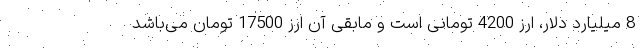
8 میلیارد دلار، ارز 4200 تومانی است و مابقی آن ارز 17500 تومان می‌باشد